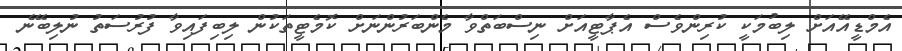
އެމްޑީއޭއަށް ލިބުމަކީ ކުރިންވެސް އެޕާޓީއަށް ނިސްބަތްވާ މެންބަރުންނަށް ކޮމެޓީތަކުން ލިބިފައިވާ ފުރުސަތު ނުލިބޭނެ